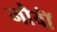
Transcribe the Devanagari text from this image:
नौवॉं